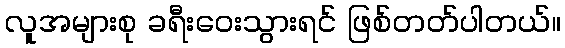
လူအများစု ခရီးဝေးသွားရင် ဖြစ်တတ်ပါတယ်။